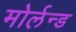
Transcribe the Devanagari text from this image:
मोर्लन्ड